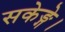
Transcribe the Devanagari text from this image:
सकेङ्गे।